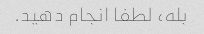
بله، لطفا انجام دهید.